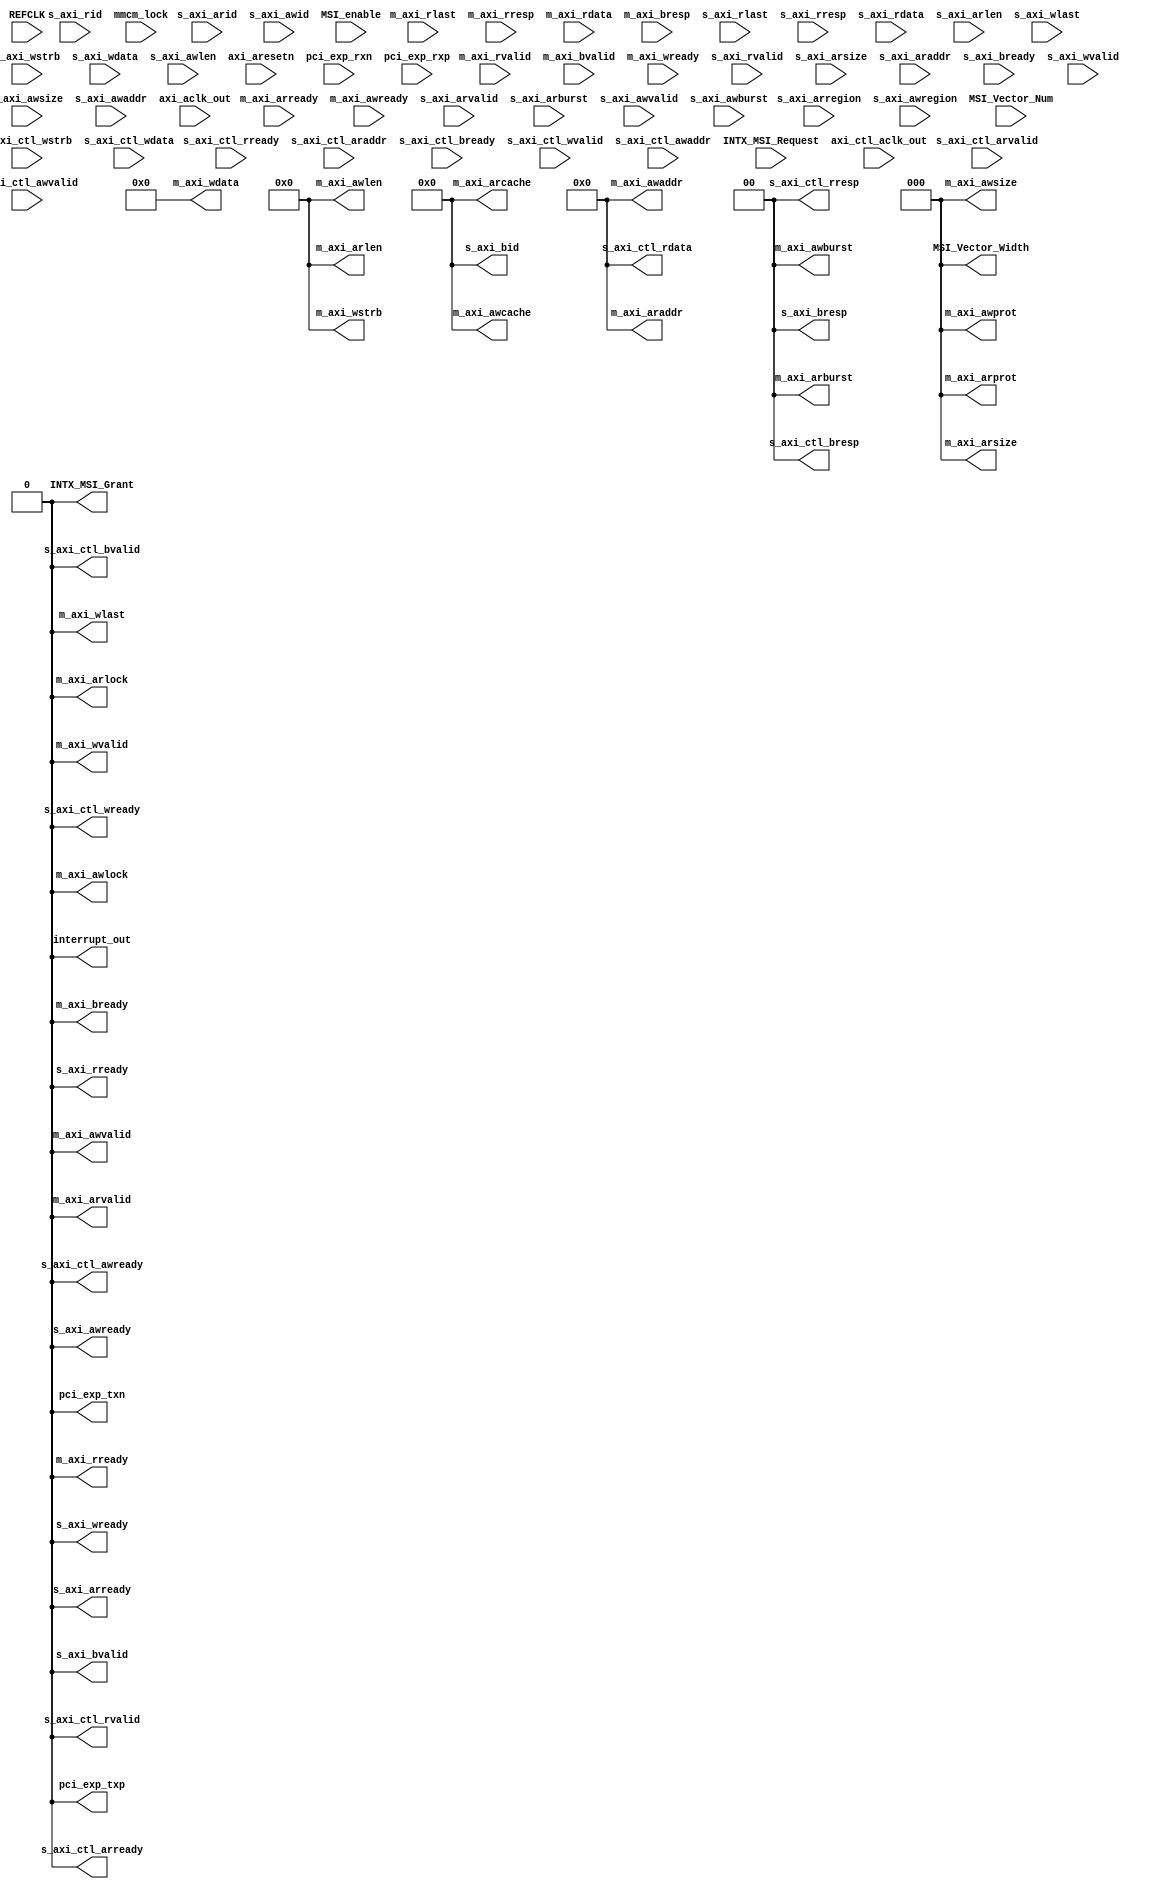
module vc707axi_to_pcie_x1( 
      input s_axi_ctl_rready, output s_axi_ctl_rvalid
    , output [1:0] s_axi_ctl_rresp
    , output [31:0] s_axi_ctl_rdata
    , output s_axi_ctl_arready
    , input s_axi_ctl_arvalid
    , input [31:0] s_axi_ctl_araddr
    , input s_axi_ctl_bready
    , output s_axi_ctl_bvalid
    , output [1:0] s_axi_ctl_bresp
    , output s_axi_ctl_wready
    , input s_axi_ctl_wvalid
    , input [3:0] s_axi_ctl_wstrb
    , input [31:0] s_axi_ctl_wdata
    , output s_axi_ctl_awready
    , input s_axi_ctl_awvalid
    , input [31:0] s_axi_ctl_awaddr
    , input m_axi_rvalid
    , input m_axi_rlast
    , input [1:0] m_axi_rresp
    , input [1:0] m_axi_rdata
    , output m_axi_rready
    , input m_axi_arready
    , output m_axi_arvalid
    , output [2:0] m_axi_arprot
    , output [3:0] m_axi_arcache
    , output m_axi_arlock
    , output [1:0] m_axi_arburst
    , output [2:0] m_axi_arsize
    , output [7:0] m_axi_arlen
    , output [31:0] m_axi_araddr
    , input m_axi_bvalid
    , input [1:0] m_axi_bresp
    , output m_axi_bready
    , input m_axi_wready
    , output m_axi_wvalid
    , output m_axi_wlast
    , output [7:0] m_axi_wstrb
    , output [63:0] m_axi_wdata
    , input m_axi_awready
    , output m_axi_awvalid
    , output [2:0] m_axi_awprot
    , output [3:0] m_axi_awcache
    , output m_axi_awlock
    , output [1:0] m_axi_awburst
    , output [2:0] m_axi_awsize
    , output [7:0] m_axi_awlen
    , output [31:0] m_axi_awaddr
    , input s_axi_rvalid
    , input s_axi_rlast
    , input [1:0] s_axi_rresp
    , input [63:0] s_axi_rdata
    , input [3:0] s_axi_rid
    , output s_axi_rready
    , output s_axi_arready
    , input s_axi_arvalid
    , input [1:0] s_axi_arburst
    , input [2:0] s_axi_arsize
    , input [7:0] s_axi_arlen
    , input [3:0] s_axi_arregion
    , input [1:0] s_axi_araddr
    , input [3:0] s_axi_arid
    , output s_axi_bvalid
    , output [1:0] s_axi_bresp
    , output [3:0] s_axi_bid
    , input s_axi_bready
    , output s_axi_wready
    , input s_axi_wvalid
    , input s_axi_wlast
    , input [7:0] s_axi_wstrb
    , input [63:0] s_axi_wdata
    , output s_axi_awready
    , input s_axi_awvalid
    , input [1:0] s_axi_awburst
    , input [2:0] s_axi_awsize
    , input [7:0] s_axi_awlen
    , input [3:0] s_axi_awregion
    , input [31:0] s_axi_awaddr
    , input [3:0] s_axi_awid
    , output interrupt_out
    , output [2:0] MSI_Vector_Width
    , input [4:0] MSI_Vector_Num
    , input MSI_enable
    , output INTX_MSI_Grant
    , input INTX_MSI_Request
    , input REFCLK
    , input mmcm_lock
    , input axi_ctl_aclk_out
    , input axi_aclk_out
    , input axi_aresetn
    , input pci_exp_rxn
    , input pci_exp_rxp
    , output pci_exp_txn
    , output pci_exp_txp
  );


    assign s_axi_ctl_rvalid = 'h0;
    assign s_axi_ctl_rresp = 'h0;
    assign s_axi_ctl_rdata = 'h0;
    assign s_axi_ctl_arready = 'h0;
    assign s_axi_ctl_bvalid = 'h0;
    assign s_axi_ctl_bresp = 'h0;
    assign s_axi_ctl_wready = 'h0;
    assign s_axi_ctl_awready = 'h0;
    assign m_axi_rready = 'h0;
    assign m_axi_arvalid = 'h0;
    assign m_axi_arprot = 'h0;
    assign m_axi_arcache = 'h0;
    assign m_axi_arlock = 'h0;
    assign m_axi_arburst = 'h0;
    assign m_axi_arsize = 'h0;
    assign m_axi_arlen = 'h0;
    assign m_axi_araddr = 'h0;
    assign m_axi_bready = 'h0;
    assign m_axi_wvalid = 'h0;
    assign m_axi_wlast = 'h0;
    assign m_axi_wstrb = 'h0;
    assign m_axi_wdata = 'h0;
    assign m_axi_awvalid = 'h0;
    assign m_axi_awprot = 'h0;
    assign m_axi_awcache = 'h0;
    assign m_axi_awlock = 'h0;
    assign m_axi_awburst = 'h0;
    assign m_axi_awsize = 'h0;
    assign m_axi_awlen = 'h0;
    assign m_axi_awaddr = 'h0;
    assign s_axi_rready = 'h0;
    assign s_axi_arready = 'h0;
    assign s_axi_bvalid = 'h0;
    assign s_axi_bresp = 'h0;
    assign s_axi_bid = 'h0;
    assign s_axi_wready = 'h0;
    assign s_axi_awready = 'h0;
    assign interrupt_out = 'h0;
    assign MSI_Vector_Width = 'h0;
    assign INTX_MSI_Grant = 'h0;
    assign pci_exp_txn = 'h0;
    assign pci_exp_txp = 'h0;



endmodule